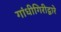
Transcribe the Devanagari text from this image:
गांधीगिरीद्वारे